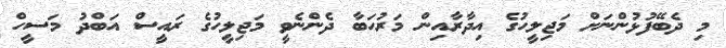
މި ދެބޭފުޅުންނަށް މަޖިލީހުގެ އިދާރާއިން މަރުހަބާ ދެންނެވީ މަޖިލީހުގެ ރައީސް އަބްދު މަސީހް